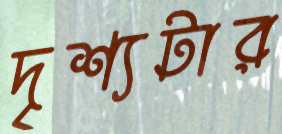
দৃশ্যটার